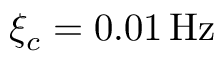
\xi _ { c } = 0 . 0 1 \mathrm { \, H z }